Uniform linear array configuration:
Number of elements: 4
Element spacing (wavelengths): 1
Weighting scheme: hamming
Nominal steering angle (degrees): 60
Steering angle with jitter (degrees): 60.804
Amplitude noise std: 0.05
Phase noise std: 0.05

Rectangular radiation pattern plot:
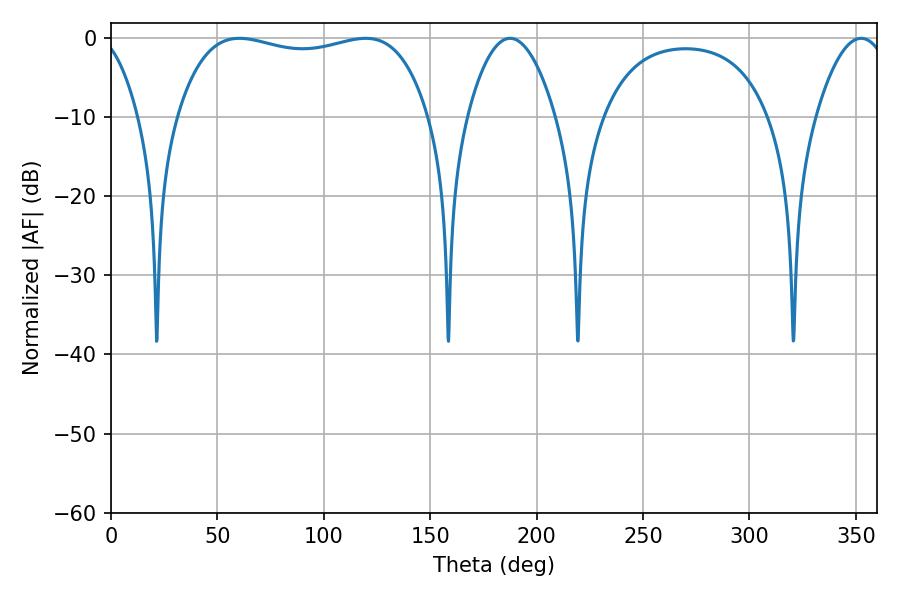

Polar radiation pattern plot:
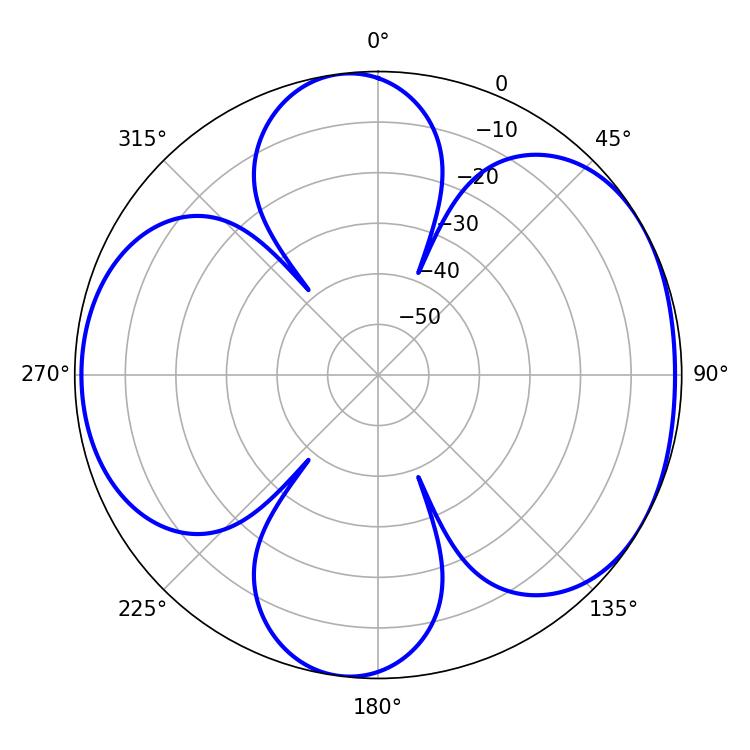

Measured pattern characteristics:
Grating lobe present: TRUE
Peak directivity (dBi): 5.422
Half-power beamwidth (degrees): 95.4
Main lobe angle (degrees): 60.3